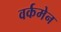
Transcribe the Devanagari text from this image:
वर्कमेन